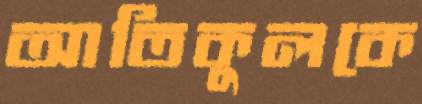
আতিকুলকে